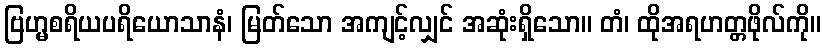
ဗြဟ္မစရိယပရိယောသာနံ၊ မြတ်သော အကျင့်လျှင် အဆုံးရှိသော။ တံ၊ ထိုအရဟတ္တဖိုလ်ကို။